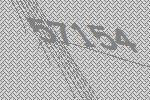
57154